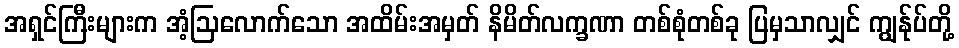
အရှင်ကြီးများက အံ့ဩလောက်သော အထိမ်းအမှတ် နိမိတ်လက္ခဏာ တစ်စုံတစ်ခု ပြမှသာလျှင် ကျွန်ုပ်တို့